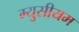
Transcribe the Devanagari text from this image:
म्युसीयम